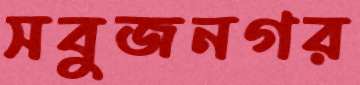
সবুজনগর